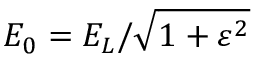
{ E _ { 0 } } = { E _ { L } } / { \sqrt { 1 + \varepsilon ^ { 2 } } }